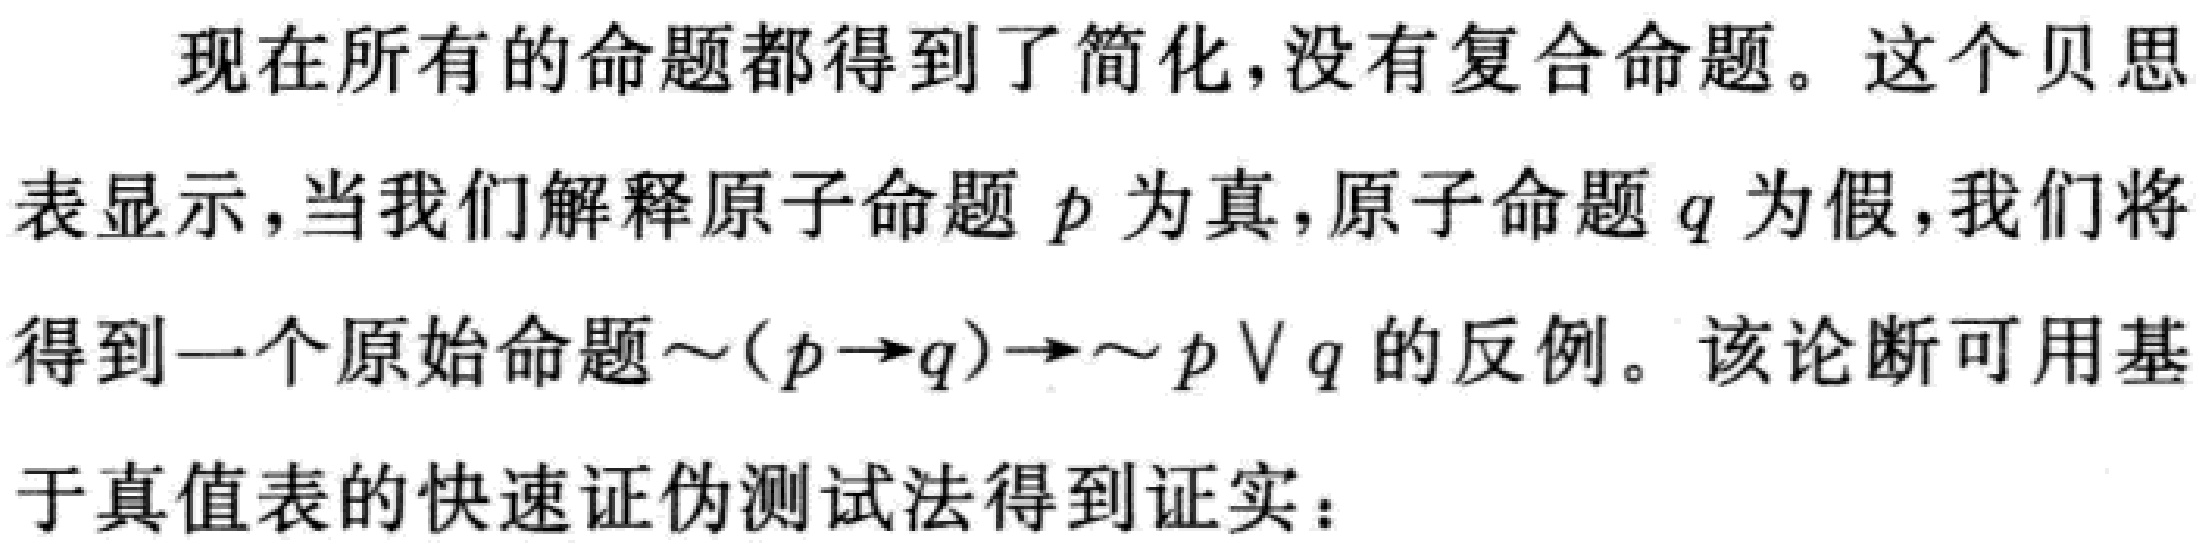
现在所有的命题都得到了简化,没有复合命题。这个贝思
表显示，当我们解释原子命题 \(p\) 为真,原子命题 \(q\) 为假,我们将
得到一个原始命题\(\sim(p\rightarrow q)\rightarrow\sim p\vee q\) 的反例。该论断可用基
于真值表的快速证伪测试法得到证实：